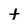
Character: t